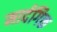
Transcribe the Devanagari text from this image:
मार्दगिक